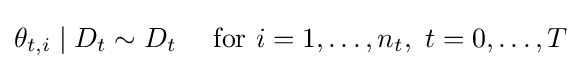
\theta _{t,i}\mid D_{t}\sim D_{t}~~~{\text{ for }}i=1,\ldots ,n_{t},~t=0,\ldots ,T